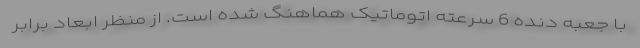
با جعبه دنده 6 سرعته اتوماتیک هماهنگ شده است. از منظر ابعاد برابر